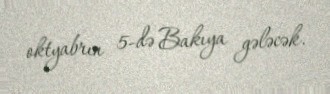
oktyabrın 5-də Bakıya gələcək.